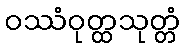
ဝဿံဝုတ္ထသုတ္တံ